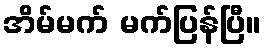
အိမ်မက် မက်ပြန်ပြီ။